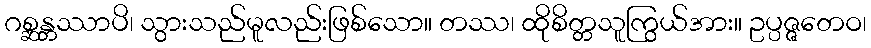
ဂစ္ဆန္တဿာပိ၊ သွားသည်မူလည်းဖြစ်သော။ တဿ၊ ထိုစိတ္တသူကြွယ်အား။ ဥပ္ပဇ္ဇတေဝ၊